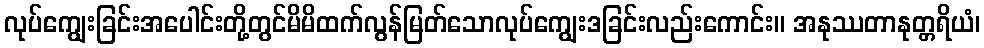
လုပ်ကျွေးခြင်းအပေါင်းတို့တွင်မိမိထက်လွန်မြတ်သောလုပ်ကျွေးဒခြင်းလည်းကောင်း။ အနုဿတာနုတ္တရိယံ၊